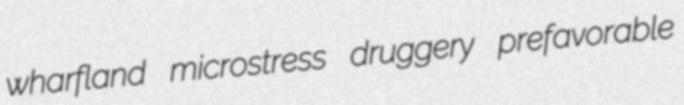
wharfland microstress druggery prefavorable